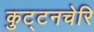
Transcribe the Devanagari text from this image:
कुट्टनचेरि